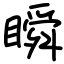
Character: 瞬